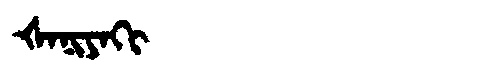
Manchu: ᡧᠠᠨᡳᠶᠠᡴᡳ
Romanization: ŠANIYAKI